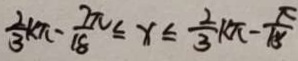
\frac { 2 } { 2 } k \pi - \frac { 7 \pi } { 1 8 } \leq x \leq \frac { 2 } { 3 } k \pi - \frac { \pi } { 1 5 }